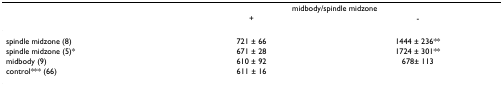
<table><thead><tr><td>[EMPTY_CELL]</td><td colspan="2"><b>midbody/spindle midzone</b></td></tr><tr><td>[EMPTY_CELL]</td><td><b>+</b></td><td><b>-</b></td></tr></thead><tbody><tr><td>spindle midzone (8)</td><td>721 ± 66</td><td>1444 ± 236**</td></tr><tr><td>spindle midzone (5)*</td><td>671 ± 28</td><td>1724 ± 301**</td></tr><tr><td>midbody (9)</td><td>610 ± 92</td><td>678± 113</td></tr><tr><td>control*** (66)</td><td>611 ± 16</td><td>[EMPTY_CELL]</td></tr></tbody></table>